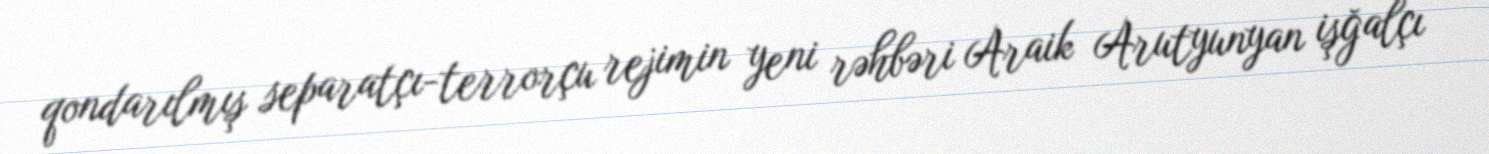
qondarılmış separatçı-terrorçu rejimin yeni rəhbəri Araik Arutyunyan işğalçı